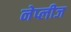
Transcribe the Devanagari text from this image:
नेप्लीज